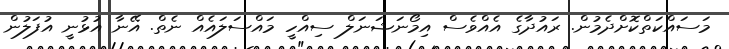
މަސައްކަތްކޮށްދެމުން. ރައުދާގެ އެއްވެސް އިމޯނަޝަނަލް ސިއްހީ މައްސަލައެއް ނެތް. އޭނާ އުޅުނީ އުފަލުން